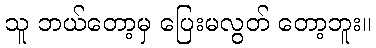
သူ ဘယ်တော့မှ ပြေးမလွတ် တော့ဘူး။